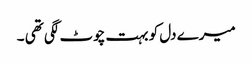
میرے دل کو بہت چوٹ لگی تھی ۔